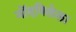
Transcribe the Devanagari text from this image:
नोंदविलेला